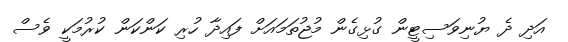
އަދި ދެ ޔުނިވަސިޓީން ގުޅިގެން މުޖުތަމައަށް ފައިދާ ހުރި ކަންކަން ކުރުމަކީ ވެސް